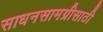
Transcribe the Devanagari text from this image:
साधनसामग्रीसाठी